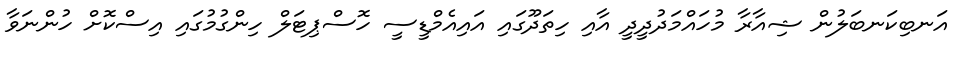
އަނބިކަނބަލުން ޝިއާރާ މުހައްމަދުދީދީ އާއި ހިތަދޫގައި އައިއެމްޑީސީ ހޮސްޕިޓަލް ހިންގުމުގައި އިސްކޮށް ހުންނަވާ